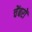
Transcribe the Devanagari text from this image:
चेंबरों